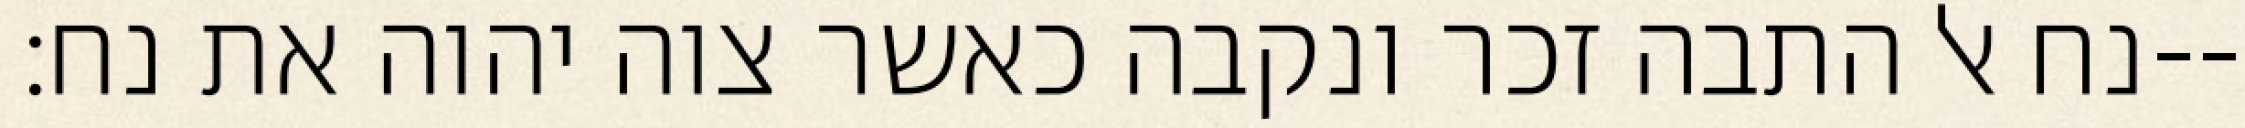
נח אל התבה זכר ונקבה כאשר צוה יהוה את נח׃--